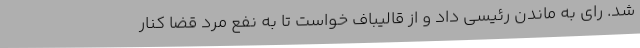
شد. رای به ماندن رئیسی داد و از قالیباف خواست تا به نفع مرد قضا کنار